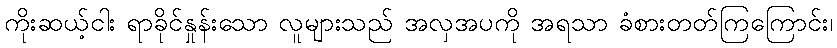
ကိုးဆယ့်ငါး ရာခိုင်နှုန်းသော လူများသည် အလှအပကို အရသာ ခံစားတတ်ကြကြောင်း၊